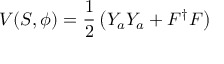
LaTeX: V ( S , \phi ) = \frac { 1 } { 2 } \left( Y _ { a } Y _ { a } + F ^ { \dagger } F \right)